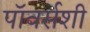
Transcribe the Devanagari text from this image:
पॉवर्सशी